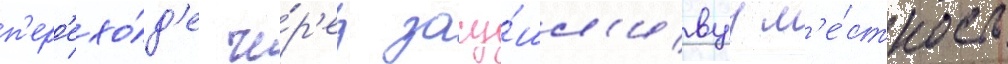
п'ер'ехо́д'е че́р'ез засу́шл'ивуу м'е́стность